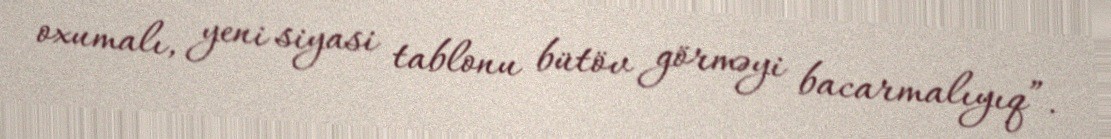
oxumalı, yeni siyasi tablonu bütöv görməyi bacarmalıyıq”.